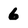
Character: 6